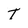
Character: T